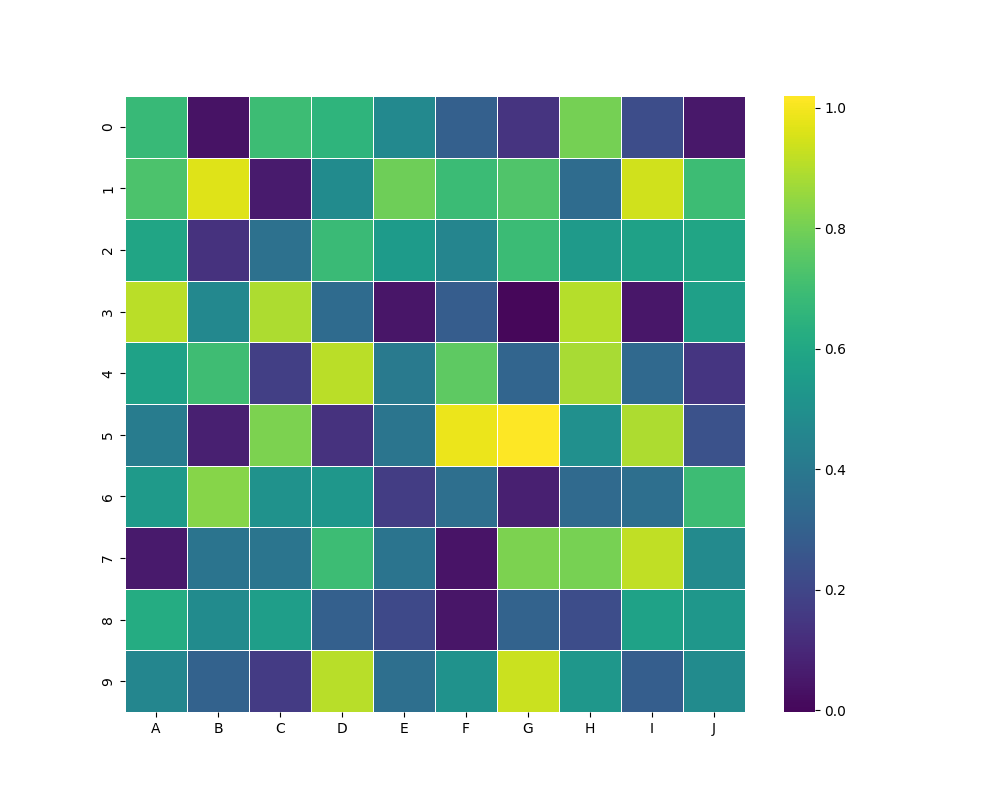
python, seaborn, heatmap, cmap='viridis', linewidths=0.5, center=0.5